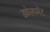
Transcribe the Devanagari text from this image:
डवेलपमेंट